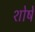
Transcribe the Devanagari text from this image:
शोषे